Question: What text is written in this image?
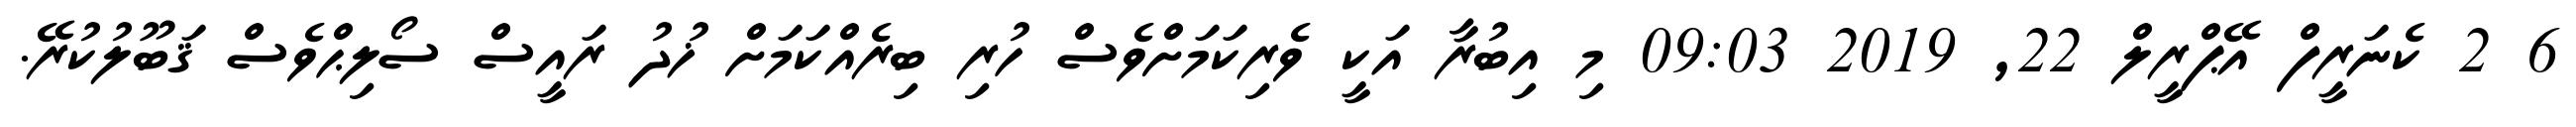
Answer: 6 2 ކެނަރީފް އޭޕްރީލް 22, 2019 09:03 މި އިބުރާ އަކީ ވެރިކަމަށްވެސް ހުރި ބިރެއްކަމަށް ޚުދު ރައީސް ސޯލިޙްވެސް ޤަބޫލުކުރޭ.